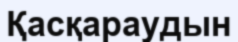
Қасқараудын